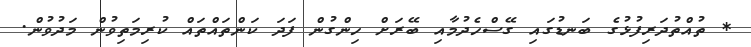
* ތުއްތުދަރިފުޅުގެ ބަނޑުގައި ގޭސްހެދުމާއި ބޭރަށް ހިންގުން ފަދަ ކަންތައްތައް ކުރިމަތިވުން މަދުވުން.